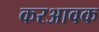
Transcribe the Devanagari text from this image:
करआवक